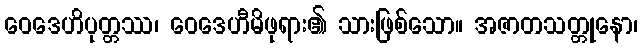
ဝေဒေဟိပုတ္တဿ၊ ဝေဒေဟီမိဖုရား၏ သားဖြစ်သော။ အဇာတသတ္တုနော၊